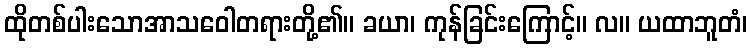
ထိုတစ်ပါးသောအာသဝေါတရားတို့၏။ ခယာ၊ ကုန်ခြင်းကြောင့်။ လ။ ယထာဘူတံ၊